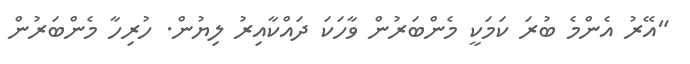
"އޭރު އެންމެ ބުރަ ކަމަކީ މެންބަރުން ވާހަކަ ދައްކާއިރު ލިޔުން. ހުރިހާ މެންބަރުން